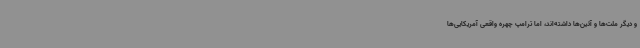
و دیگر ملت‌ها و آئین‌ها داشته‌اند، اما ترامپ چهره واقعی آمریکایی‌ها